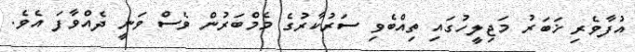
އުފާވެރި ޚަބަރު މަޖިލީހުގައި ތިއްބެވި ސަރުކާރުގެ މެމްބަރުން ވެސް ވަނީ ދެއްވާފަ އެވެ.